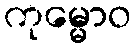
ကုမ္မောဝ